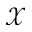
\mathcal { X }